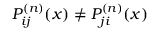
P _ { i j } ^ { ( n ) } ( x ) \neq P _ { j i } ^ { ( n ) } ( x )